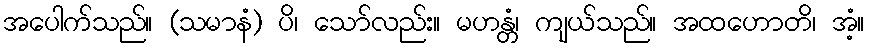
အပေါက်သည်။ (သမာနံ) ပိ၊ သော်လည်း။ မဟန္တံ၊ ကျယ်သည်။ အထဟောတိ၊ အံ့။